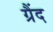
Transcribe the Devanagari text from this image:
ग्रैंद